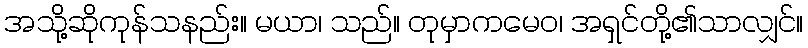
အသို့ဆိုကုန်သနည်း။ မယာ၊ သည်။ တုမှာကမေဝ၊ အရှင်တို့၏သာလျှင်။